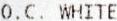
O.C. WHITE